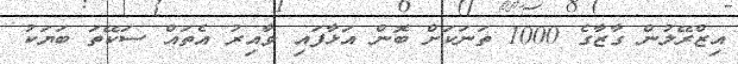
އިޒްރޭލުން ގާޒާގެ 1000 ތަނަކަށް ބޮން އަޅާފައި ވާއިރު އެތައް ސަކޭތަ ބަޔަކު